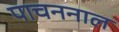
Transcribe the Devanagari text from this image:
पाचननाल